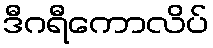
ဒီဂရီကောလိပ်